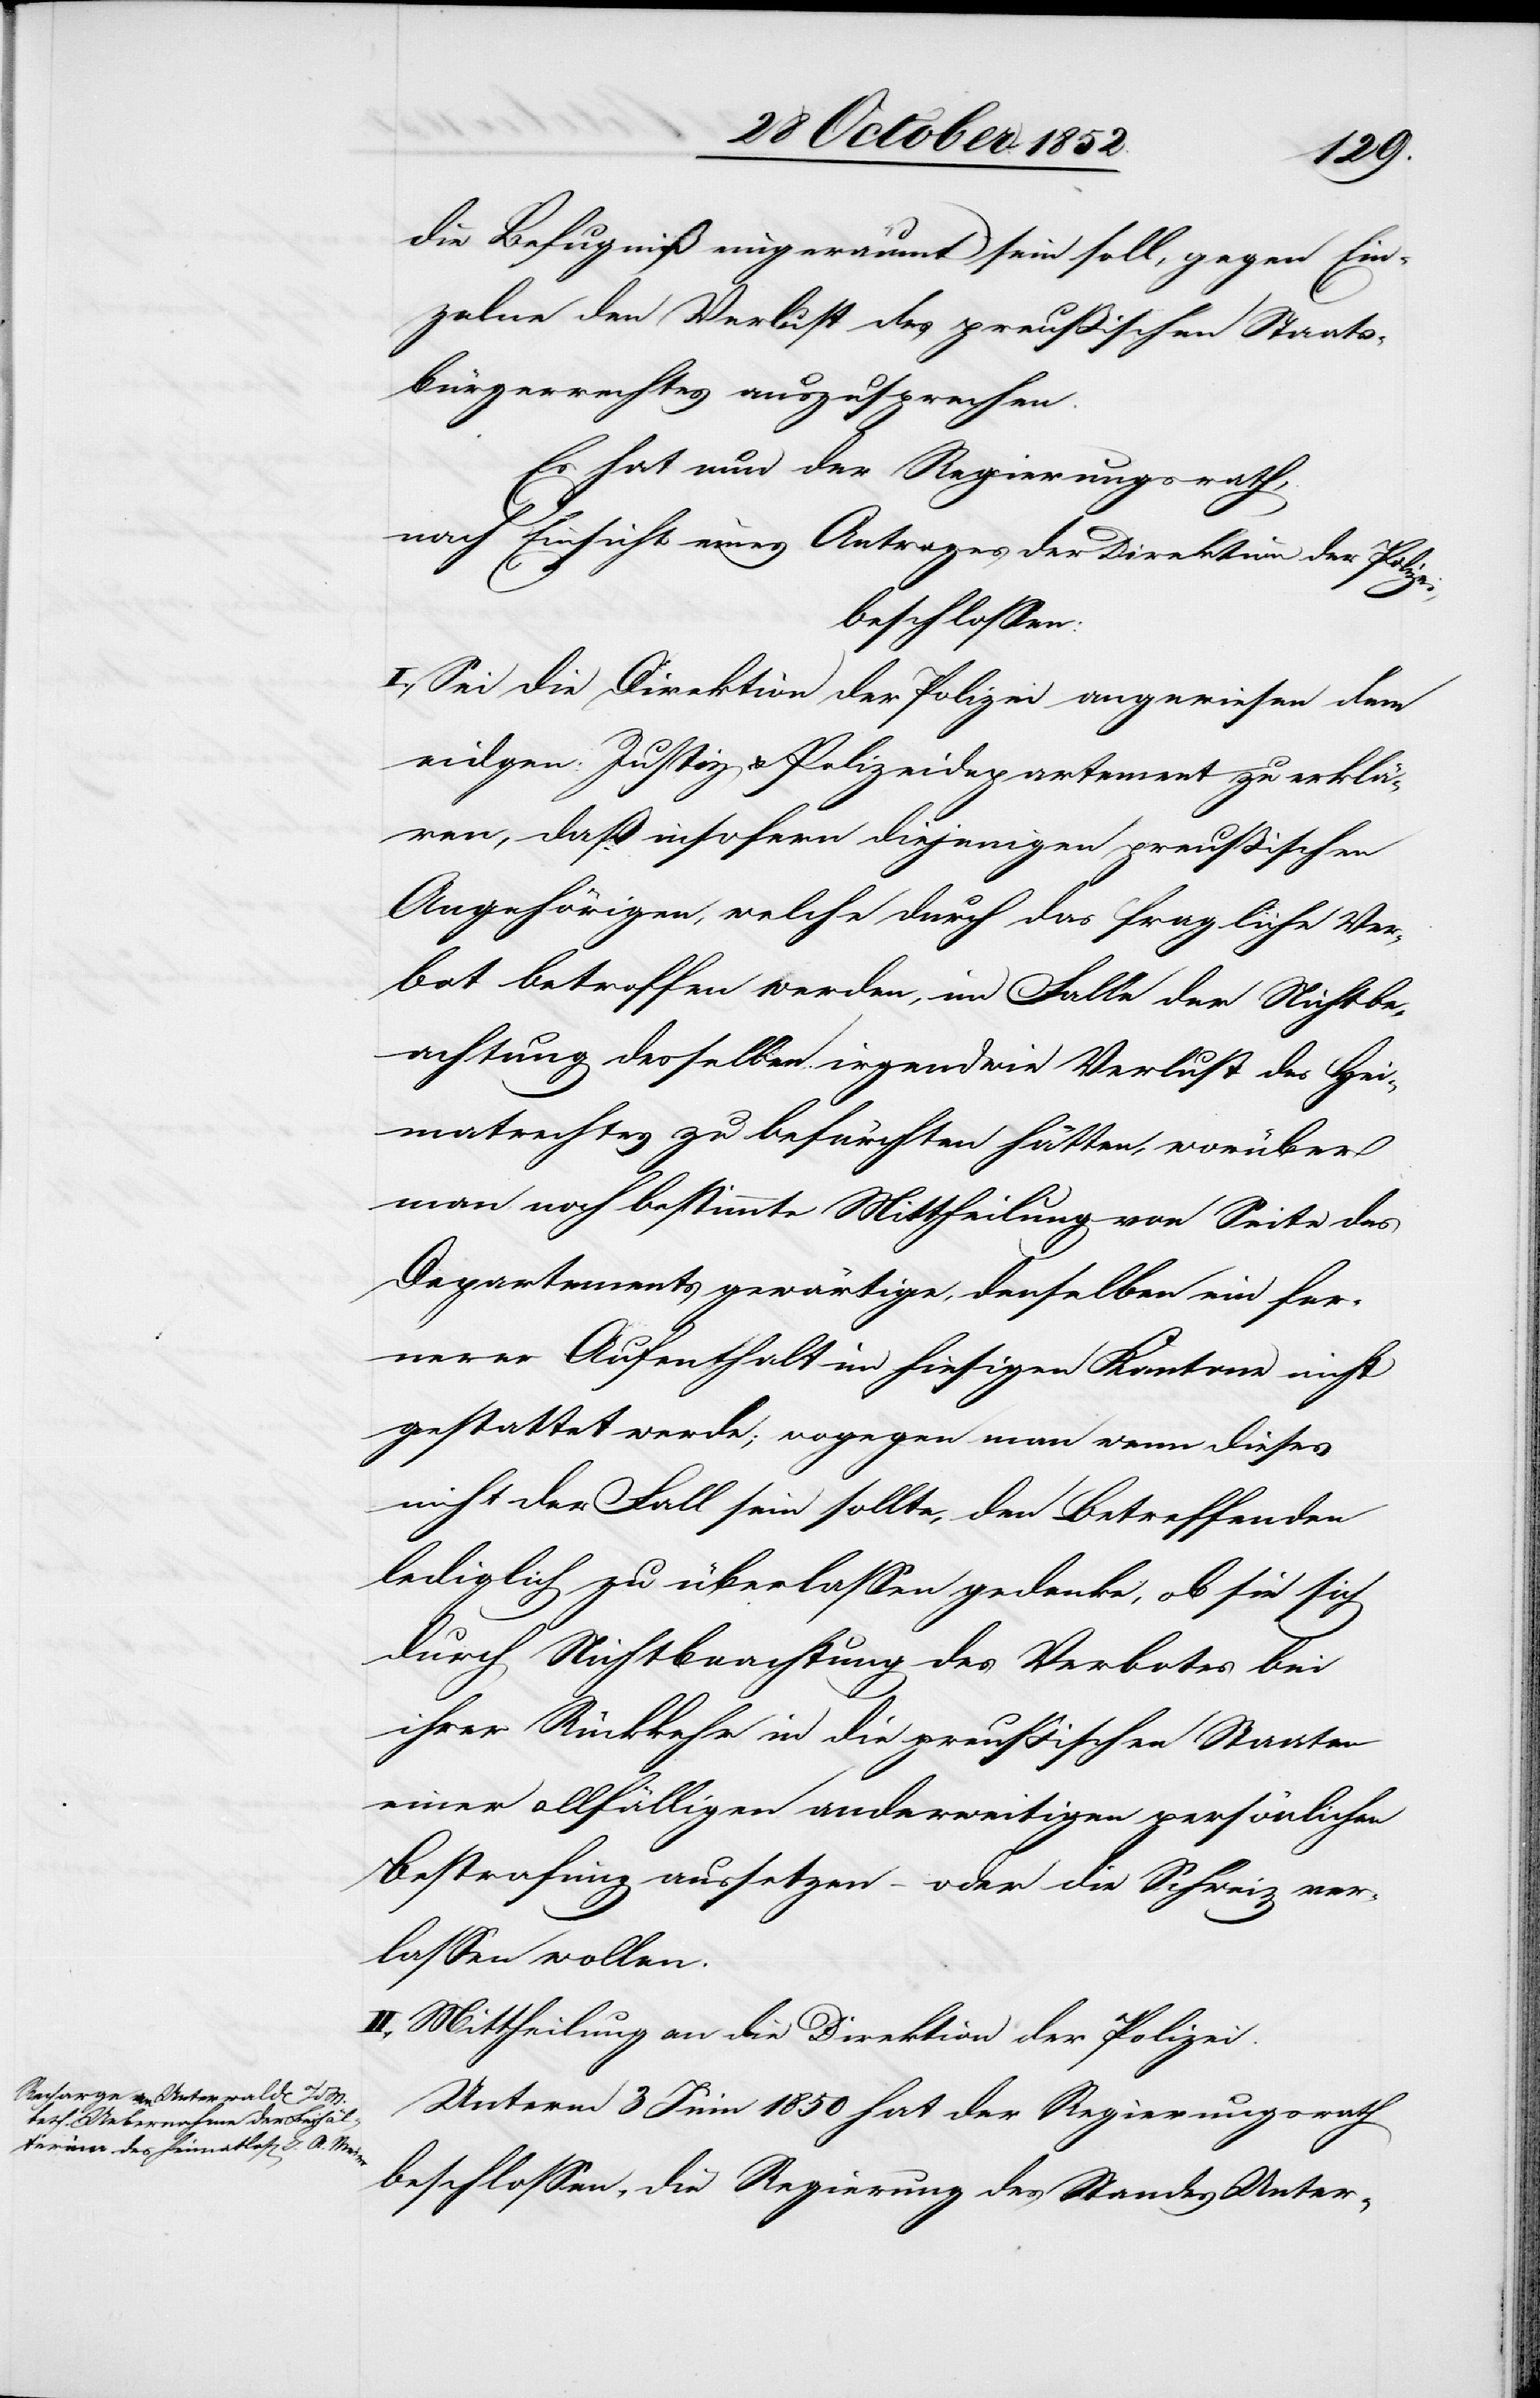
die Befugniß eingeräumt sein soll, gegen Ein¬
zelne den Verlust des preußischen Staats¬
bürgerrechtes auszusprechen.
Es hat nun der Regierungsrath,
nach Einsicht eines Antrages der Direktion der Polizei,
beschlossen:
I., Sei die Direktion der Polizei angewiesen dem
eidgen: Justiz[-] & Polizeidepartement zu erklä¬
ren, daß insofern diejenigen preußischen
Angehörigen, welche durch das fragliche Ver¬
bot betroffen werden, im Falle der Nichtbe¬
achtung desselben irgendwie Verlust des Hei¬
matrechtes zu befürchten hätten, worüber
man noch bestimmte Mittheilung von Seite des
Departements gewärtige, denselben ein fer¬
nerer Aufenthalt im hiesigen Kantone nicht
gestattet werde; wogegen man wenn dieses
nicht der Fall sein sollte, den Betreffenden
lediglich zu überlassen gedenke, ob sie sich
durch Nichtbeachtung des Verbotes bei
ihrer Rückkehr in die preußischen Staaten
einer allfälligen anderweitigen persönlichen
Bestrafung aussetzen – oder die Schweiz ver¬
lassen wollen.
II., Mittheilung an die Direktion der Polizei.
Unterm 3 Juni 1850 hat der Regierungsrath
beschlossen, die Regierung des Standes Unter-